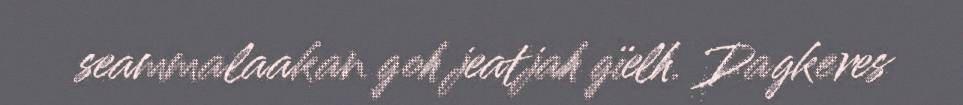
seammalaakan goh jeatjah gïelh. Dagkeres